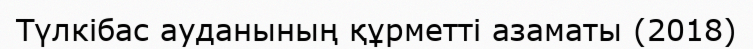
Түлкібас ауданының құрметті азаматы (2018)